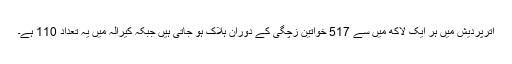
اترپردیش میں ہر ایک لاکھ میں سے 517 خواتین زچگی کے دوران ہلاک ہو جاتی ہیں جبکہ کیرالہ میں یہ تعداد 110 ہے۔